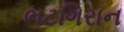
ભટગિરાન